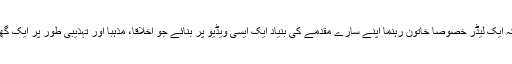
لیکن حیرت ہے کہ ایک لیڈر خصوصاً خاتون رہنما اپنے سارے مقدمے کی بنیاد ایک ایسی ویڈیو پر بنائے جو اخلاقاً، مذہباً اور تہذیبی طور پر ایک گھناؤنی حرکت ہے۔